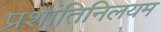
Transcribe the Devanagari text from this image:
प्रशांतिनिलयम